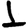
Digit: 1